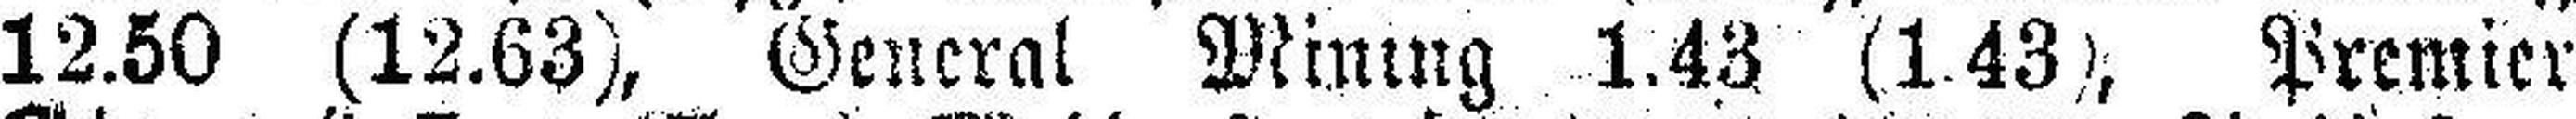
12.50 (12.63), General Mining 1.43 (1 43), Premier